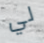
لي